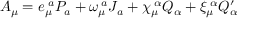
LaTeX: A _ { \mu } = e _ { \mu } ^ { \; a } P _ { a } + \omega _ { \mu } ^ { \; a } J _ { a } + \chi _ { \mu } ^ { \; \alpha } Q _ { \alpha } + \xi _ { \mu } ^ { \; \alpha } Q _ { \alpha } ^ { \prime }